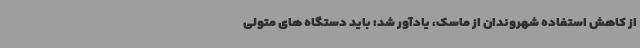
از کاهش استفاده شهروندان از ماسک، یادآور شد: باید دستگاه های متولی